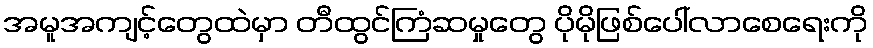
အမူအကျင့်တွေထဲမှာ တီထွင်ကြံဆမှုတွေ ပိုမိုဖြစ်ပေါ်လာစေရေးကို